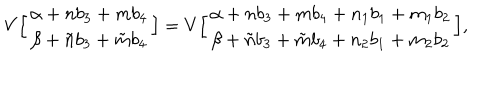
V \Big [ \begin{array} { c } { { \alpha + n b _ { 3 } + { m } b _ { 4 } } } \\ { { \beta + \tilde { n } b _ { 3 } + \tilde { m } b _ { 4 } } } \\ \end{array} \Big ] = V \Big [ \begin{array} { c } { { \alpha + n b _ { 3 } + { m } b _ { 4 } + n _ { 1 } b _ { 1 } + m _ { 1 } b _ { 2 } } } \\ { { \beta + \tilde { n } b _ { 3 } + \tilde { m } b _ { 4 } + n _ { 2 } b _ { 1 } + m _ { 2 } b _ { 2 } } } \\ \end{array} \Big ] ,